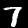
Digit: 7